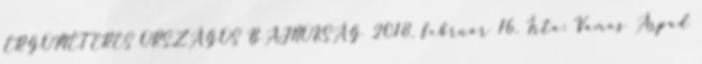
ERGOMÉTERES ORSZÁGOS BAJNOKSÁG 2018. február 16. Írta: Vámos Árpád